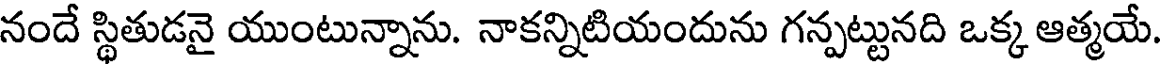
నందే స్థితుడనై యుంటున్నాను. నాకన్నిటియందును గన్పట్టునది ఒక్క ఆత్మయే.